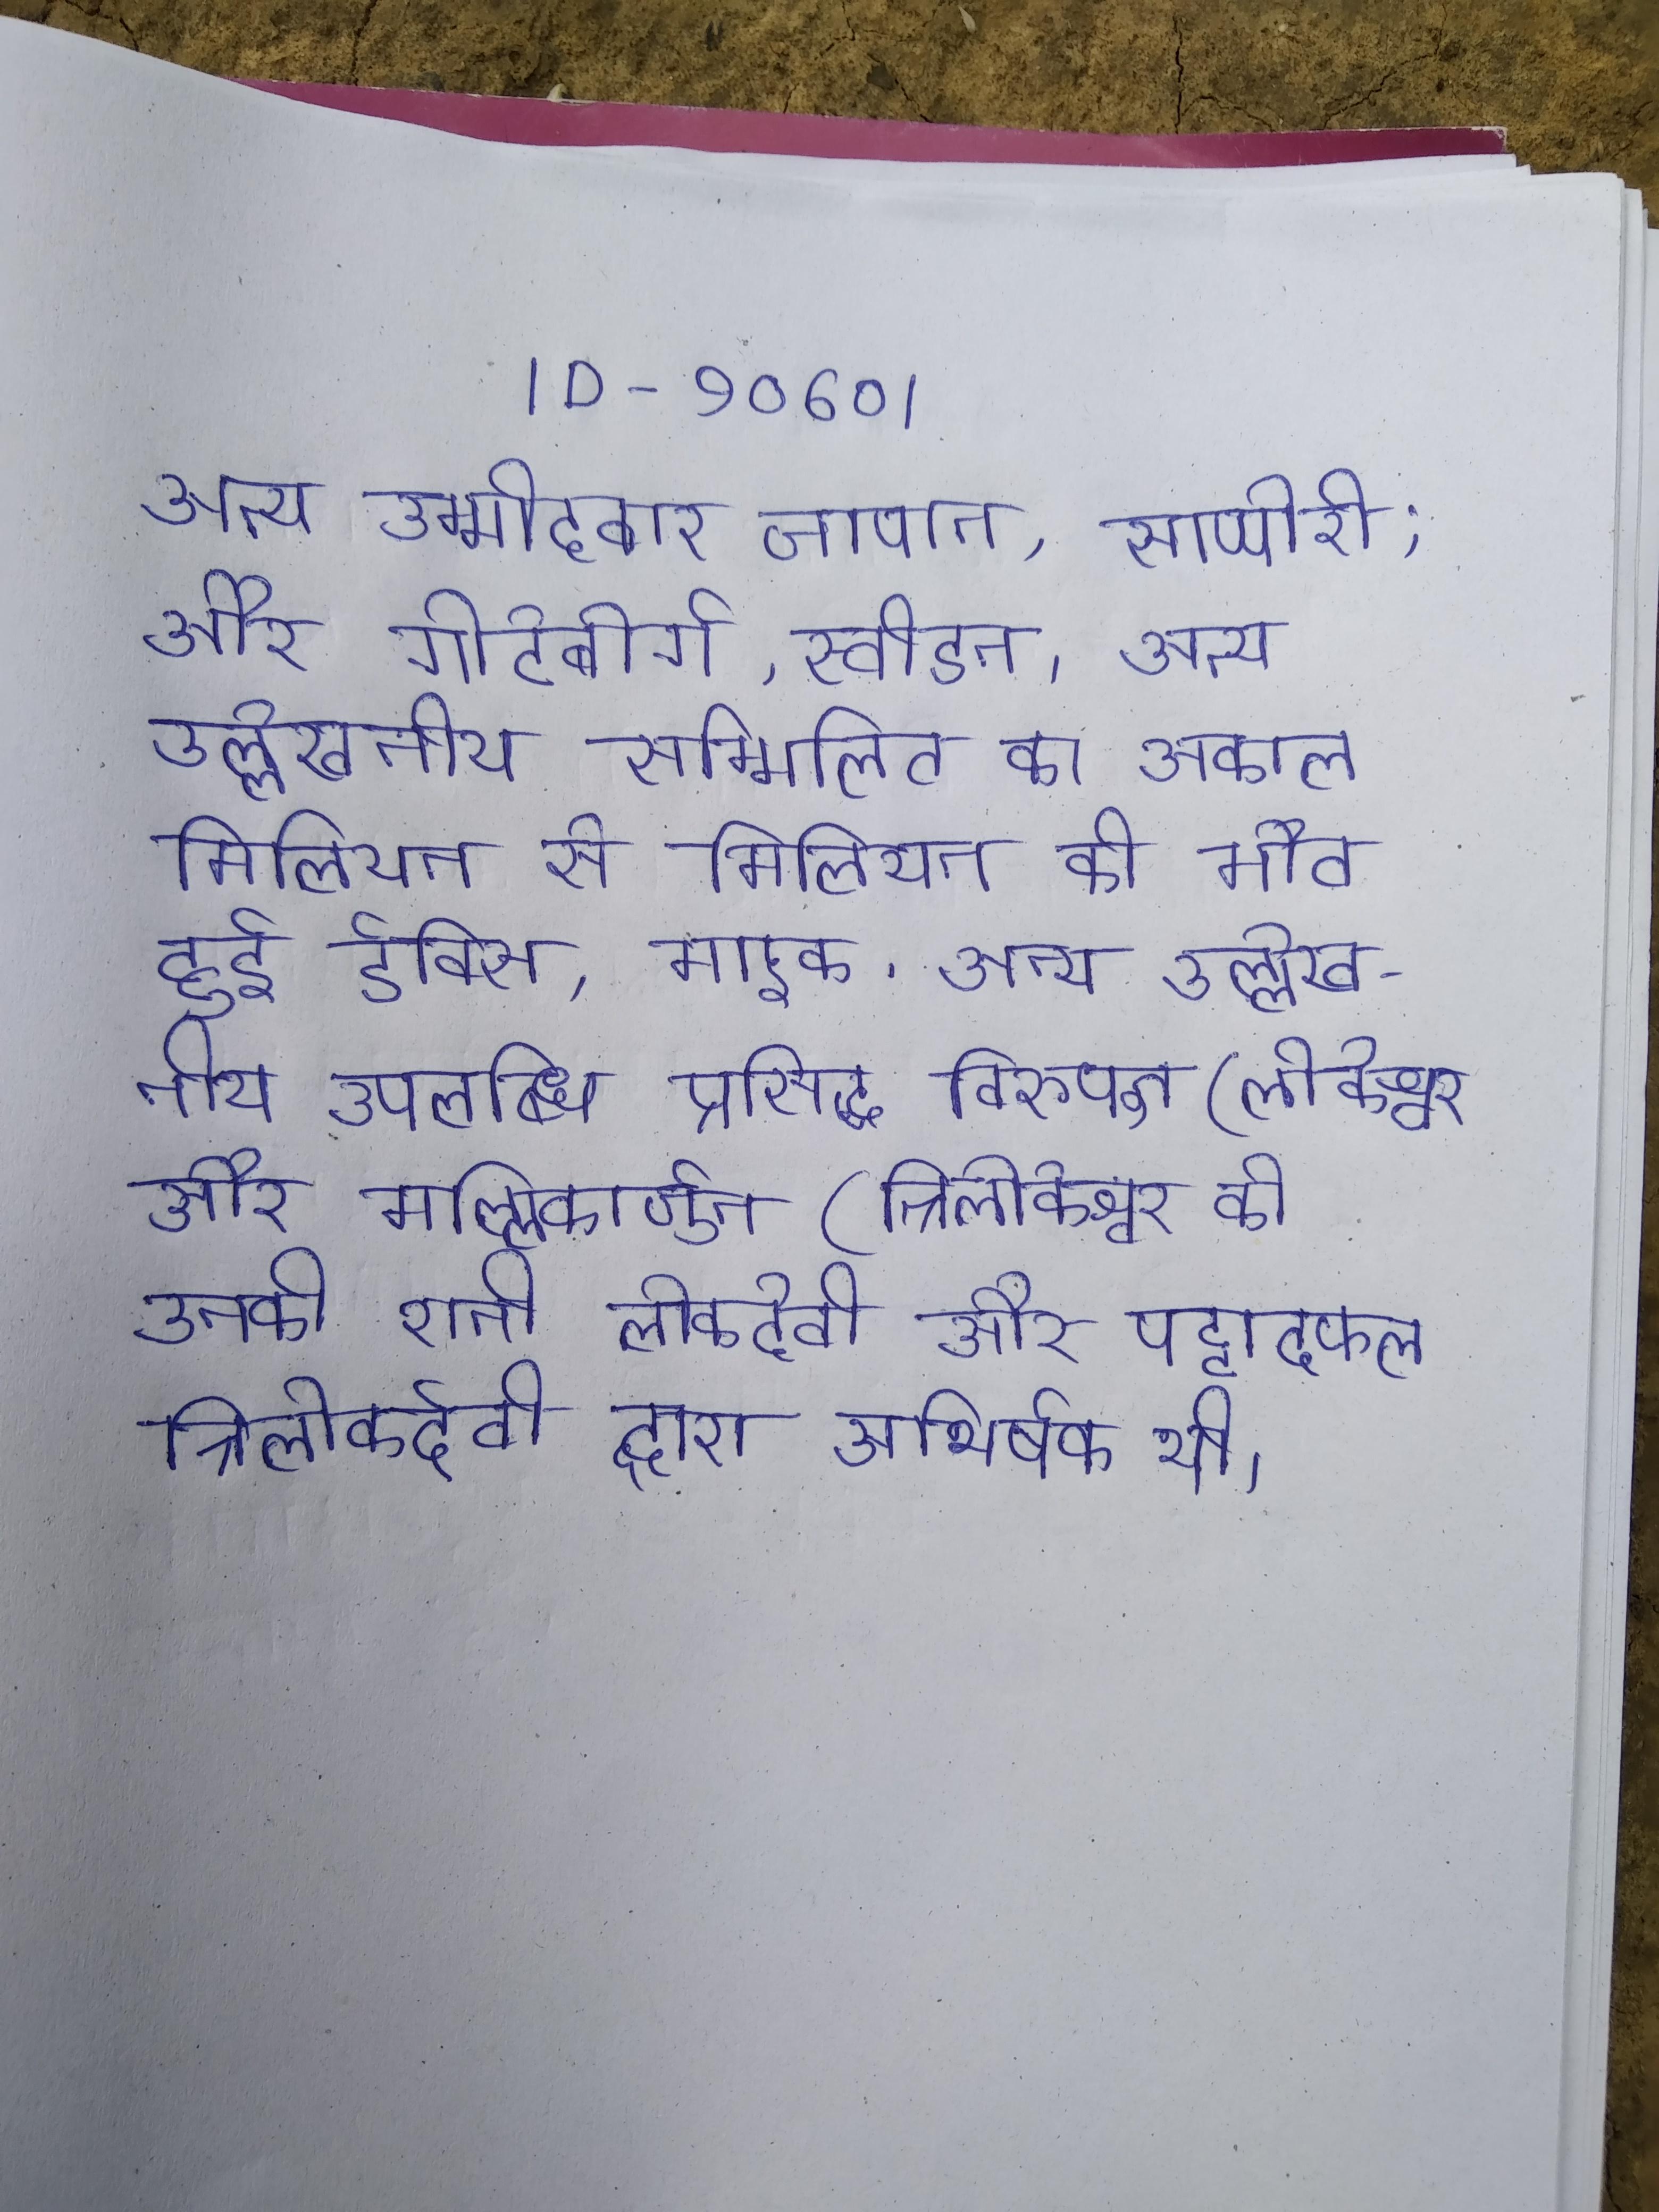
अन्य उम्मीदवार जापान, साप्पोरो; और गोटेबोर्ग, स्वीडन । अन्य उल्लेखनीय सम्मिलित का अकाल मिलियन से मिलियन की मौत हुई डेविस, माइक . अन्य उल्लेखनीय उपलब्धि प्रसिद्ध विरुपक्ष (लोकेश्वर और मल्लिकार्जुन (त्रिलोकेश्वर की उनकी रानी लोकदेवी और पट्टादकल त्रिलोकदेवी द्वारा अभिषेक थी ।